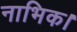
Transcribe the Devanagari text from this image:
नाभिक।